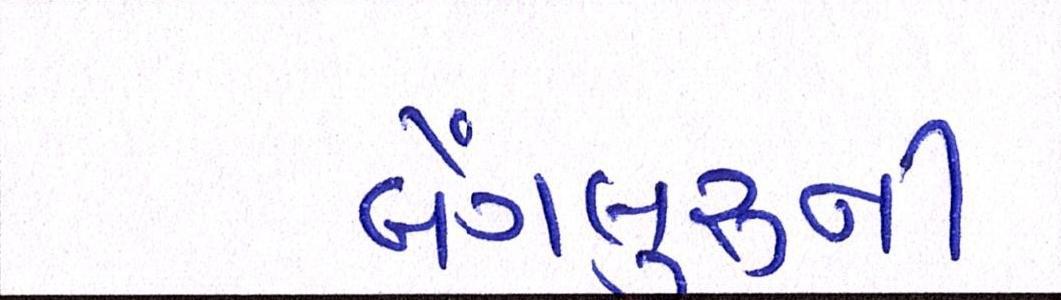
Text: બેંગલુરૂની